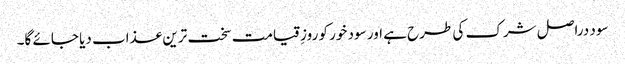
سود دراصل شرک کی طرح ہے اور سود خور کو روزِ قیامت سخت ترین عذاب دیا جائے گا۔